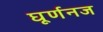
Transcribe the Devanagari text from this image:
घूर्णनज